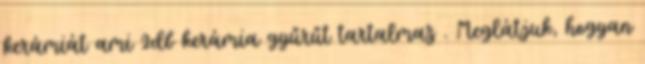
kerámiát ami 2db kerámia gyűrűt tartalmaz . Meglátjuk, hogyan